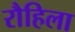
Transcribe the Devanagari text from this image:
रौहिला